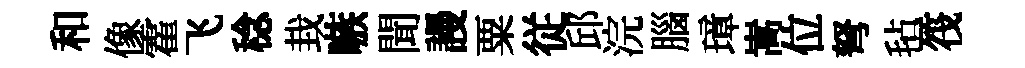
和像霍飞稔㘽嗾聞謾粟従邱浣腦璋嵩位弩毡筏